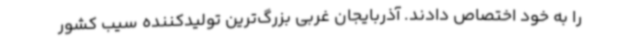
را به خود اختصاص دادند. آذربایجان غربی بزرگ‌ترین تولیدکننده سیب کشور